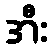
အီး